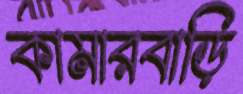
কামারবাড়ি